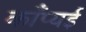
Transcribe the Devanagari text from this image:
काँप्यई